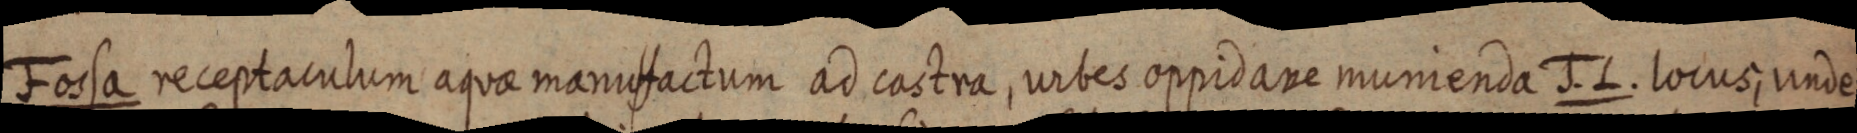
Fossa receptaculum aquae manufactum ad castra, urbes oppidane munienda J. L. locus, unde